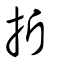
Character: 折